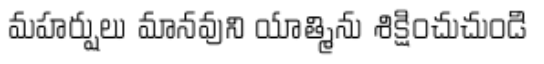
మహర్షులు మానవుని యాత్మిను శిక్షించుచుండి